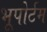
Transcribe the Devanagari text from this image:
भूपोर्टम